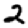
Digit: 2